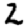
Digit: 2